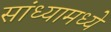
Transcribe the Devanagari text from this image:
सांध्यामध्ये